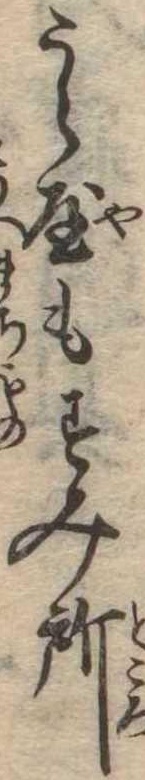
うら屋もすみ所